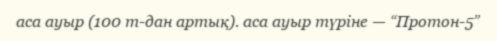
аса ауыр (100 т-дан артық). аса ауыр түріне — “Протон-5”